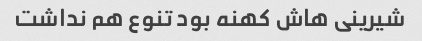
شیرینی هاش کهنه بود تنوع هم نداشت